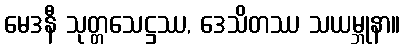
မေဒနီ သုတ္တသေဋ္ဌဿ, ဒေသိတဿ သယမ္ဘုနာ။